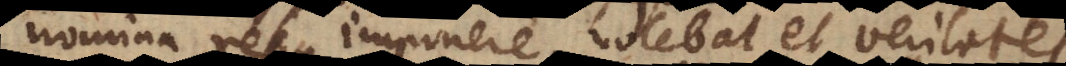
nomina rebus imponere, volebat et veritates